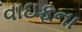
વાઇફના